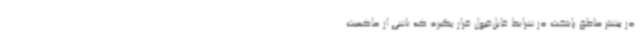
در بیشتر مناطق پایتخت در شرایط قابل‌قبول قرار بگیرد که ناشی از حاکمیت